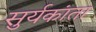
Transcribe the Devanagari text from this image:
सुर्यकांता